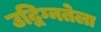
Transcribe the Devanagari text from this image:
उद्विग्नतेला